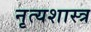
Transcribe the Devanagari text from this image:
नृत्‍यशास्‍त्र